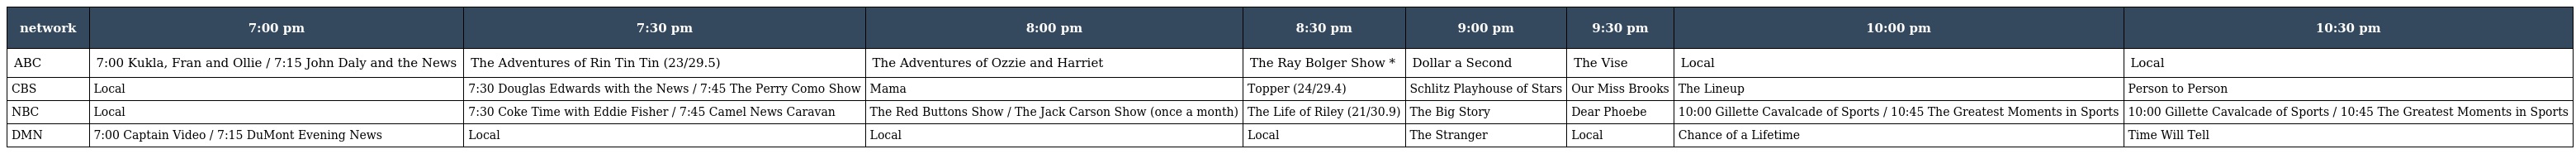
| network | 7:00 pm | 7:30 pm | 8:00 pm | 8:30 pm | 9:00 pm | 9:30 pm | 10:00 pm | 10:30 pm |
 | --- | --- | --- | --- | --- | --- | --- | --- | --- |
 | ABC | 7:00 Kukla, Fran and Ollie / 7:15 John Daly and the News | The Adventures of Rin Tin Tin (23/29.5) | The Adventures of Ozzie and Harriet | The Ray Bolger Show * | Dollar a Second | The Vise | Local | Local |
 | CBS | Local | 7:30 Douglas Edwards with the News / 7:45 The Perry Como Show | Mama | Topper (24/29.4) | Schlitz Playhouse of Stars | Our Miss Brooks | The Lineup | Person to Person |
 | NBC | Local | 7:30 Coke Time with Eddie Fisher / 7:45 Camel News Caravan | The Red Buttons Show / The Jack Carson Show (once a month) | The Life of Riley (21/30.9) | The Big Story | Dear Phoebe | 10:00 Gillette Cavalcade of Sports / 10:45 The Greatest Moments in Sports | 10:00 Gillette Cavalcade of Sports / 10:45 The Greatest Moments in Sports |
 | DMN | 7:00 Captain Video / 7:15 DuMont Evening News | Local | Local | Local | The Stranger | Local | Chance of a Lifetime | Time Will Tell |